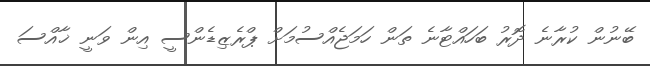
ބޭނުން ކުރާނެ ދޮރު ބަހައްޓާނެ ތަން ހަމަޖެއްސުމަށް ޕްރެޒިޑެންސީ އިން ވަނީ ޚާއްސަ